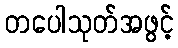
တပေါသုတ်အဖွင့်